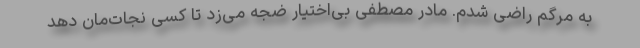
به مرگم راضی شدم. مادر مصطفی بی‌اختیار ضجه می‌زد تا کسی نجات‌مان دهد